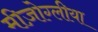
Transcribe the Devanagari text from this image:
मीज़ोग्लीया